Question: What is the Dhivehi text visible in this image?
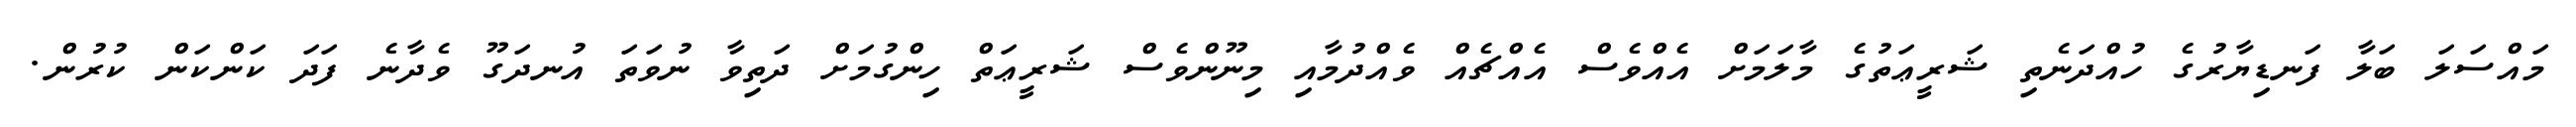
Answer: މައްސަލަ ބަލާ ފަނޑިޔާރުގެ ހުއްދަނެތި ޝަރީޢަތުގެ މާލަމަށް އެއްވެސް އެއްޗެއް ވެއްދުމާއި މިނޫންވެސް ޝަރީޢަތް ހިންގުމަށް ދަތިވާ ނުވަތަ އުނދަގޫ ވެދާނެ ފަދަ ކަންކަން ކުރުން.